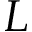
L